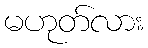
မဟုတ်လား